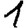
Digit: 1